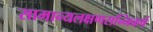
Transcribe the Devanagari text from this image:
सामान्यलक्षणसन्निकर्ष